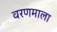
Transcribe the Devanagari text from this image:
वरणमाला